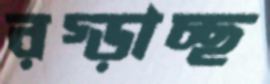
রগ্‌ড়াচ্ছ